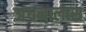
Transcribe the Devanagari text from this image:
अंधनालास